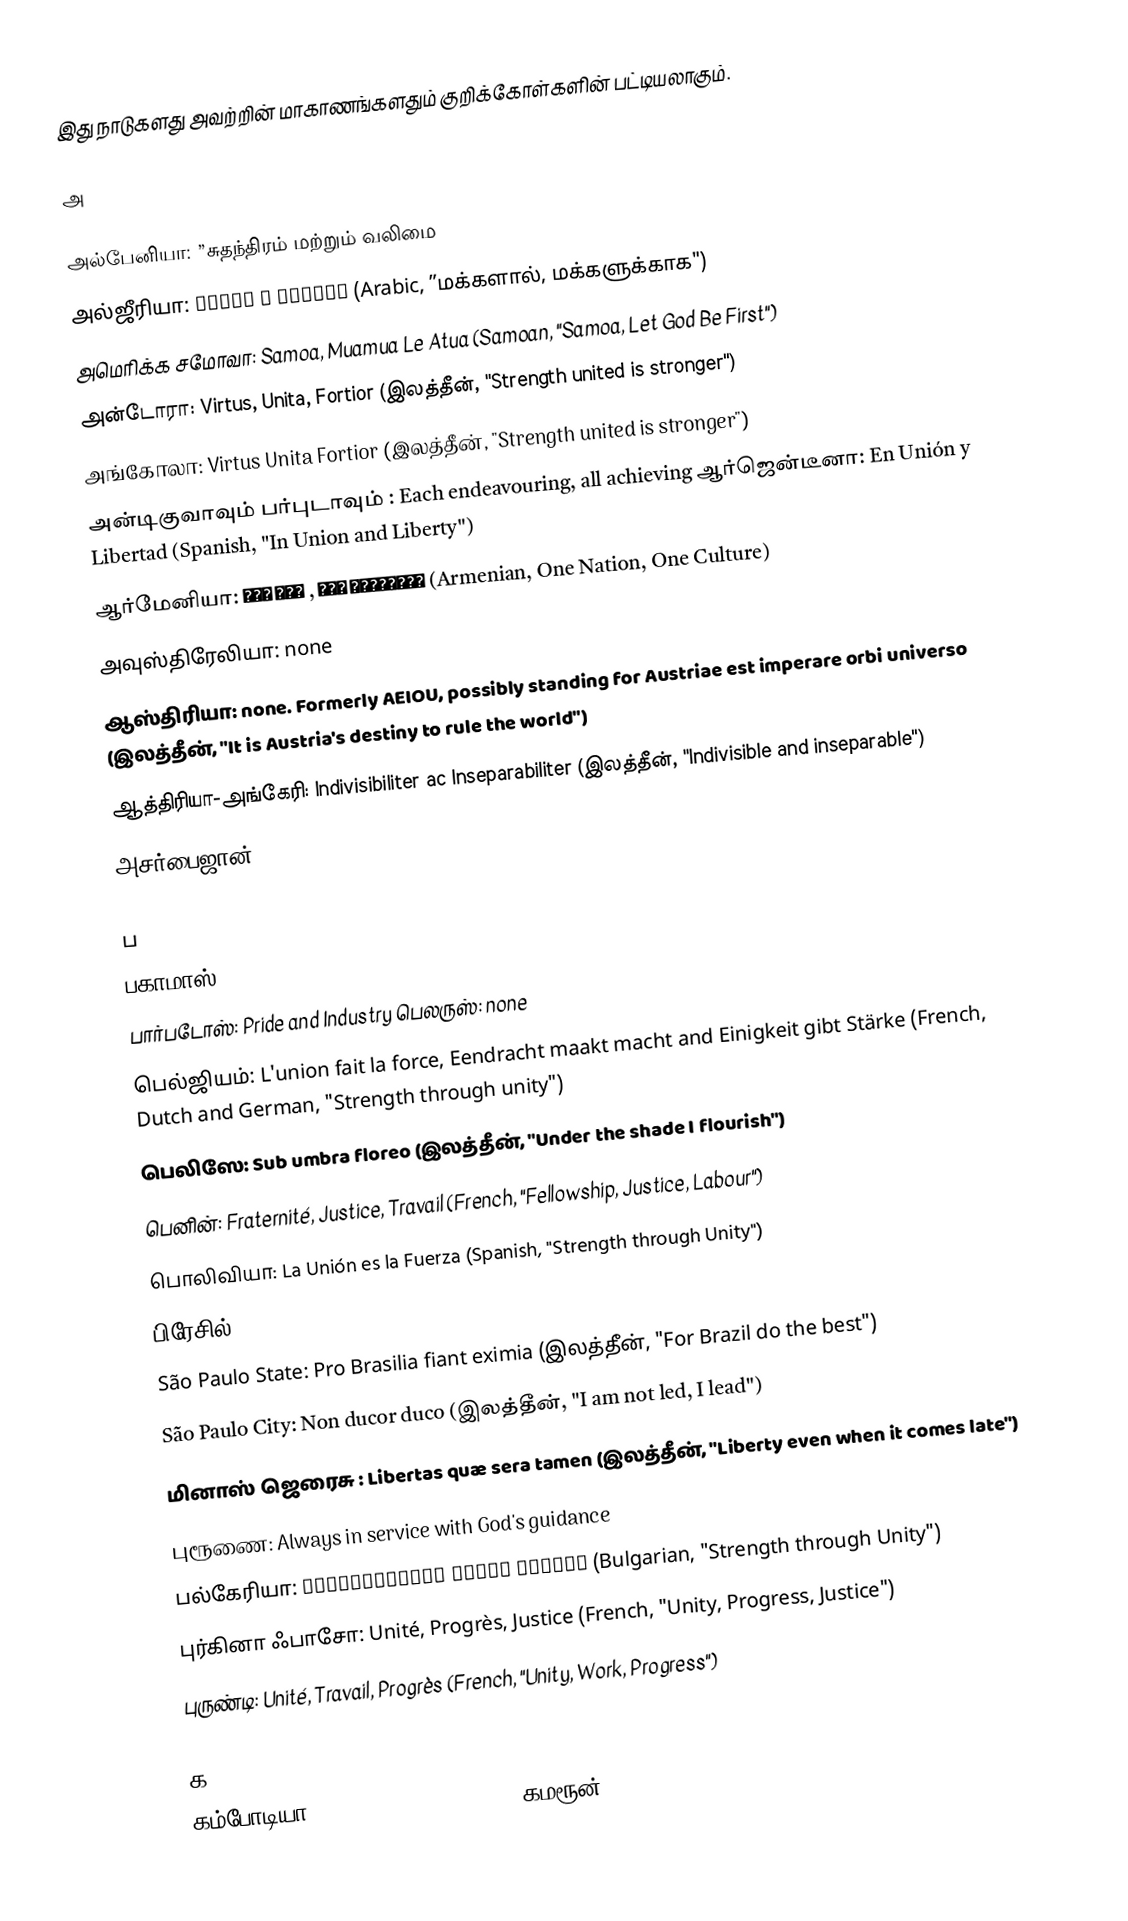
இது நாடுகளது அவற்றின் மாகாணங்களதும் குறிக்கோள்களின் பட்டியலாகும்.

அ

 அல்பேனியா: ”சுதந்திரம் மற்றும் வலிமை
 அல்ஜீரியா: بالشعب و للشعب (Arabic, ”மக்களால், மக்களுக்காக")
 அமெரிக்க சமோவா: Samoa, Muamua Le Atua (Samoan, "Samoa, Let God Be First")
 அன்டோரா: Virtus, Unita, Fortior (இலத்தீன், "Strength united is stronger")
 அங்கோலா: Virtus Unita Fortior (இலத்தீன், "Strength united is stronger")
 அன்டிகுவாவும் பர்புடாவும் : Each endeavouring, all achieving ஆர்ஜென்டீனா: En Unión y Libertad (Spanish, "In Union and Liberty")
 ஆர்மேனியா: Մեկ  Ազգ , Մեկ  Մշակույթ (Armenian, One Nation, One Culture)
 அவுஸ்திரேலியா: none
 ஆஸ்திரியா: none. Formerly AEIOU, possibly standing for Austriae est imperare orbi universo (இலத்தீன், "It is Austria's destiny to rule the world")
 ஆத்திரியா-அங்கேரி: Indivisibiliter ac Inseparabiliter (இலத்தீன், "Indivisible and inseparable")
 அசர்பைஜான்: Odlar Yurdu (Azeri, "The Land of the Eternal Fire")

 ப
 பகாமாஸ்: Forward, Upward, Onward Together
 பார்படோஸ்: Pride and Industry பெலருஸ்: none
 பெல்ஜியம்: L'union fait la force, Eendracht maakt macht and Einigkeit gibt Stärke (French, Dutch and German, "Strength through unity")
 பெலிஸே: Sub umbra floreo (இலத்தீன், "Under the shade I flourish")
 பெனின்: Fraternité, Justice, Travail (French, "Fellowship, Justice, Labour")
 பொலிவியா: La Unión es la Fuerza (Spanish, "Strength through Unity")
 பிரேசில்: Ordem e progresso (Portuguese, "Order and progress")
 São Paulo State: Pro Brasilia fiant eximia (இலத்தீன், "For Brazil do the best")
 São Paulo City: Non ducor duco (இலத்தீன், "I am not led, I lead")
 மினாஸ் ஜெரைசு : Libertas quæ sera tamen (இலத்தீன், "Liberty even when it comes late")
 புரூணை: Always in service with God's guidance
 பல்கேரியா: Съединението прави силата (Bulgarian, "Strength through Unity")
 புர்கினா ஃபாசோ: Unité, Progrès, Justice (French, "Unity, Progress, Justice")
 புருண்டி: Unité, Travail, Progrès (French, "Unity, Work, Progress")

 க
 கம்போடியா: Nation, Religion, King கமரூன்: Paix -- T